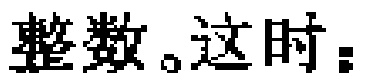
整数。这时：